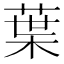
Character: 葉